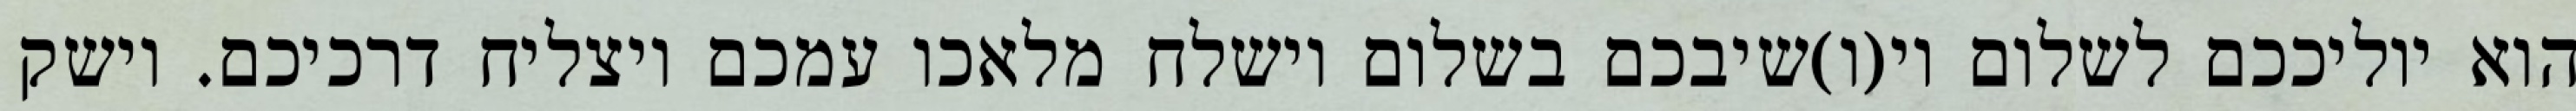
הוא יוליככם לשלום וי(ו)שיבכם בשלום וישלח מלאכו עמכם ויצליח דרכיכם. וישק